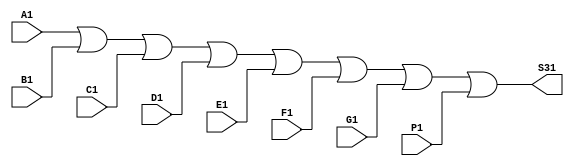
module somaAtivaDisp(A1, B1, C1, D1, E1, F1, G1, P1, S31);

  input A1, B1, C1, D1, E1, F1, G1, P1;
  output S31;
  
  wire notS3;
 
  not nS3(notS3, S31); 
  
  or orAtvDisp(S31, A1, B1, C1, D1, E1, F1, G1, P1,);
 
 
endmodule